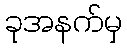
ခုအနက်မှ